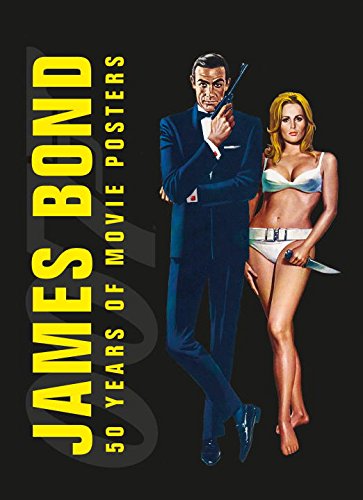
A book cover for James Bond: 50 Years of Movie Posters; DK Publishing; Humor & Entertainment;